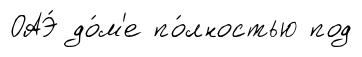
ОАЭ́ до́м'е по́лностью под